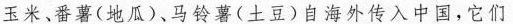
玉米、番薯(地瓜)、马铃薯(土豆)自海外传入中国，它们